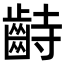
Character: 𪗺